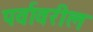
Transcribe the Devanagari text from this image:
पर्वावरील